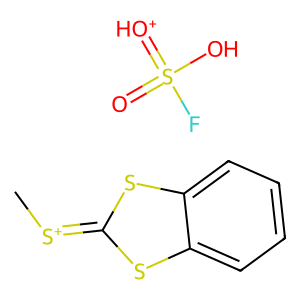
SMILES: C[S+]=c1sc2ccccc2s1.O=S(O)(=[OH+])F
Inhibits HIV replication: No